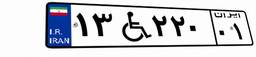
۱۳W۲۲۰۰۱